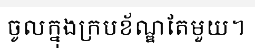
ចូលក្នុងក្របខ័ណ្ឌតែមួយ។